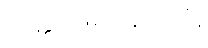
ပြိတ္တာဖြစ်နေကြပုံ။